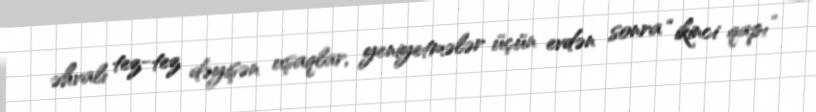
əhvalı tez-tez dəyişən uşaqlar, yeniyetmələr üçün evdən sonra “ikinci qapı”